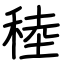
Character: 稑